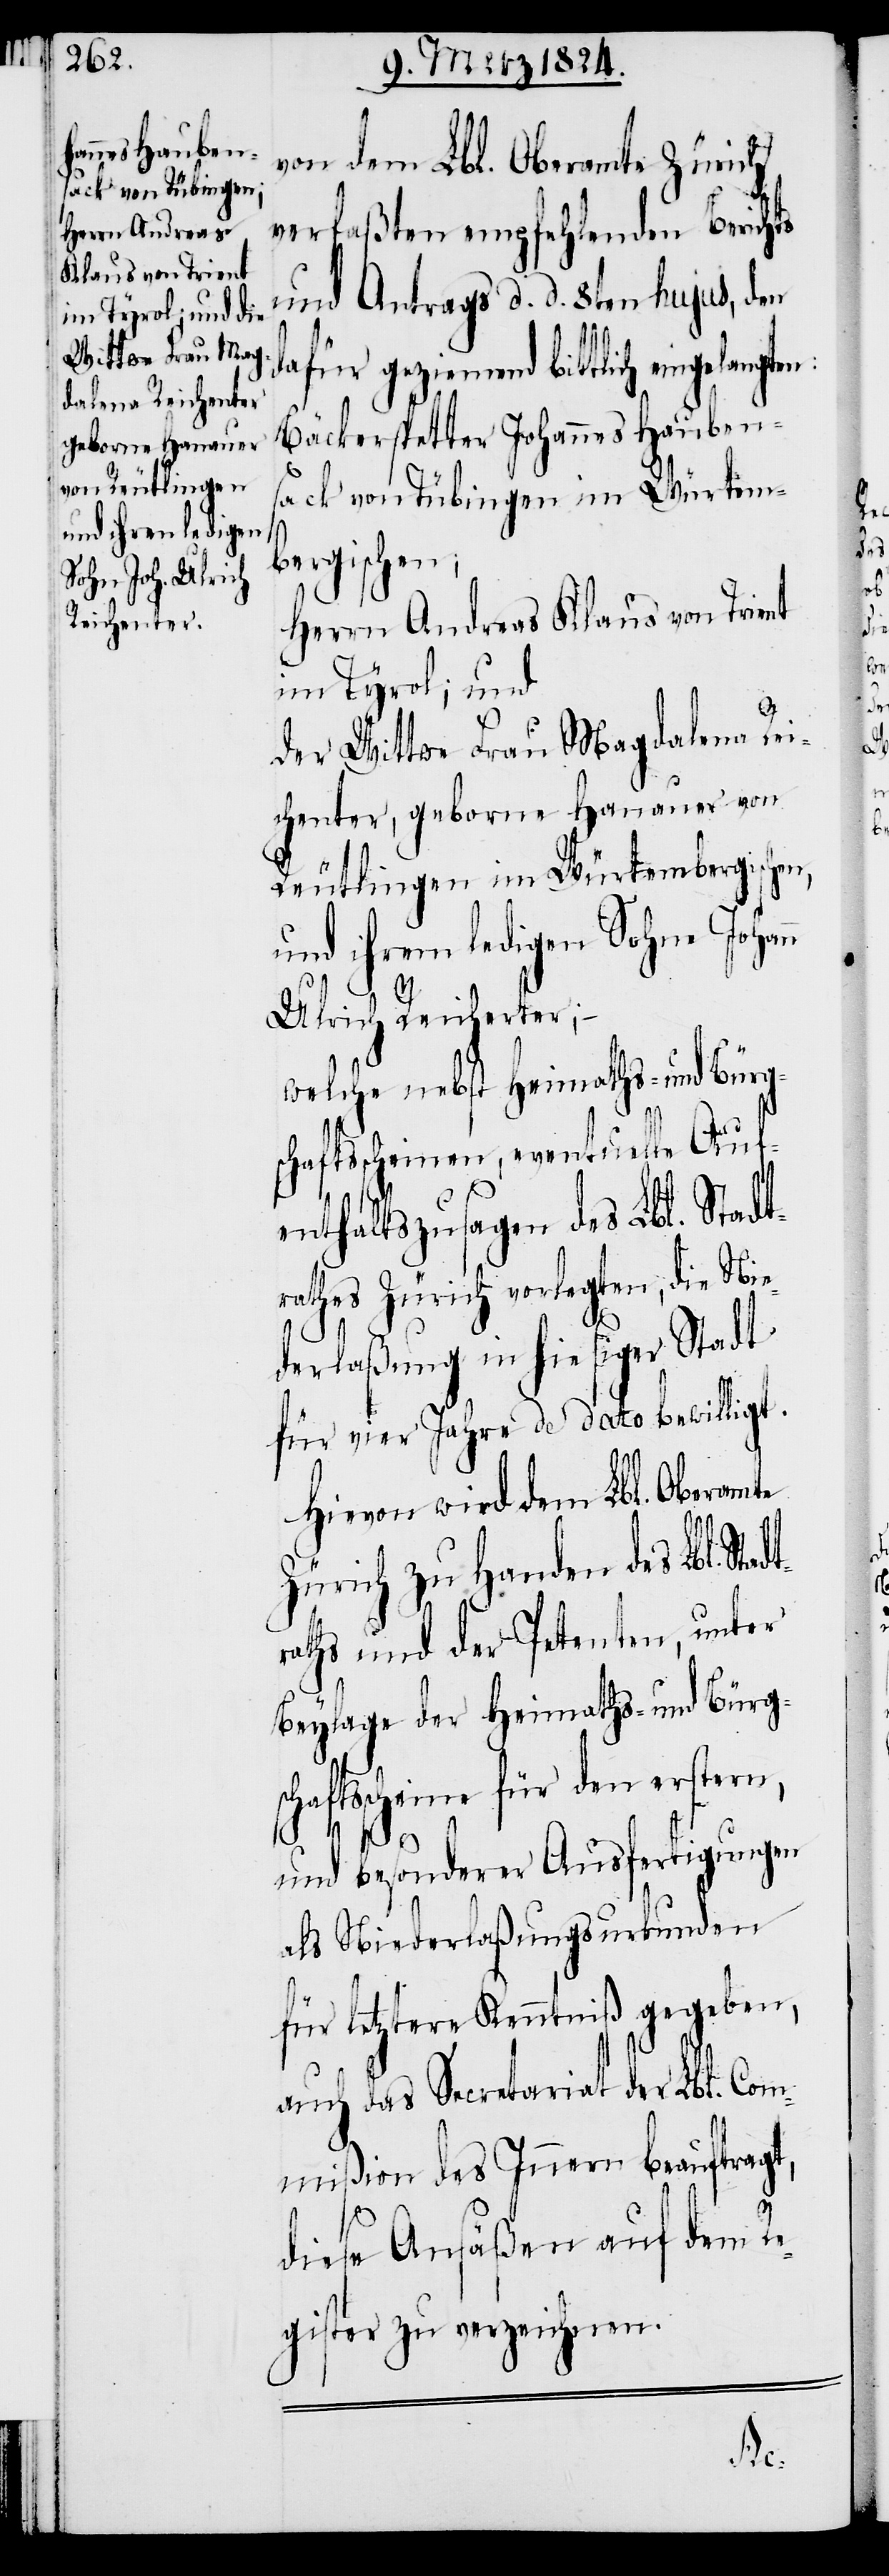
n

von dem Lbl. Oberamte Zürich
verfaßten empfehlenden Berichts
und Antrags d. d. 8ten hujus, den
dafür geziemend bittlich eingelangt¬
Bäckerspetter Johannes Hauben¬
sack von Tübingen im Würtem¬
bergischen;
Herrn Andreas Klaus von Trient
im Tyrol; und
der Wittwe Frau Magdalena Rei¬
chenter, geborene Hanauer von
Reutlingen im Würtembergischen,
und ihrem ledigen Sohne Johan¬
Ulrich Reicherster; –
welche nebst Heimaths- und Bürg¬
schaftsscheinen, eventuelle Auf¬
enthaltszusagen des Lbl. Stadt¬
rathes Zürich vorlegten, die Nie¬
derlaßung in hiesiger Stadt
für vier Jahre de dato bewilligt.
Hievon wird dem Lbl. Oberamte
Zürich zu Handen des Lbl. St¬
aths und der Petenten, unter
Beylage der Heimaths- und Bürg¬
schaftsscheine für den erstern,
und besonderer Ausfertigungen
als Niederlaßungsurkunden
für letztere Kenntniß gegeben,
auch das Secretariat der Lbl. Com¬
mißion des Innern beauftragt,
diese Ansäßen auf dem Re¬
gister zu verzeichnen.
adtr¬